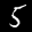
Label: 5